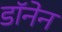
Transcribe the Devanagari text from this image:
डॉनेन